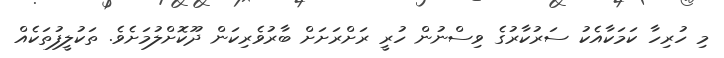
މި ހުރިހާ ކަމަކާއެކު ސަރުކާރުގެ ވިސްނުން ހުރީ ރަށްރަށަށް ބާރުވެރިކަން ދޫކޮށްލުމަށެވެ. ތަކުލީފުތަކެއް